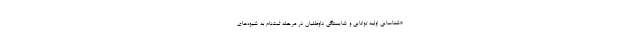
«شناسایی اولیه توانایی و شایستگی داوطلبان در مرحله ثبت‌نام به شیوه‌های